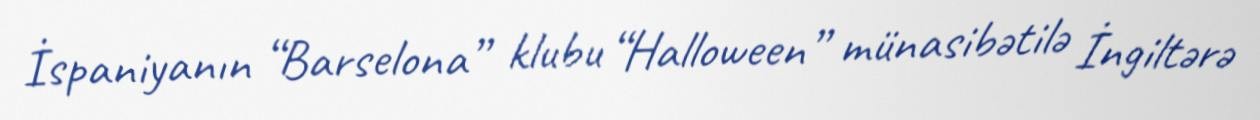
İspaniyanın “Barselona” klubu “Halloween” münasibətilə İngiltərə